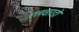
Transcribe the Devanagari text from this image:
एलवारडो